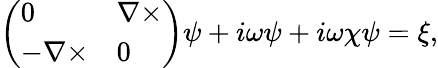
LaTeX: \left(\begin{array}{ll}{0}&{\nabla\times}\\ {-\nabla\times}&{0}\end{array}\right)\psi+i\omega\psi+i\omega\chi\psi=\xi,